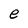
Character: e